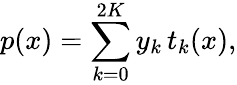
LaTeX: p(x)=\sum_{k=0}^{2K}y_{k}\, t_{k}(x),